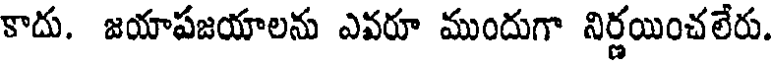
కాదు. జయాపజయాలను ఎవరూ ముందుగా నిర్ణయించలేరు.